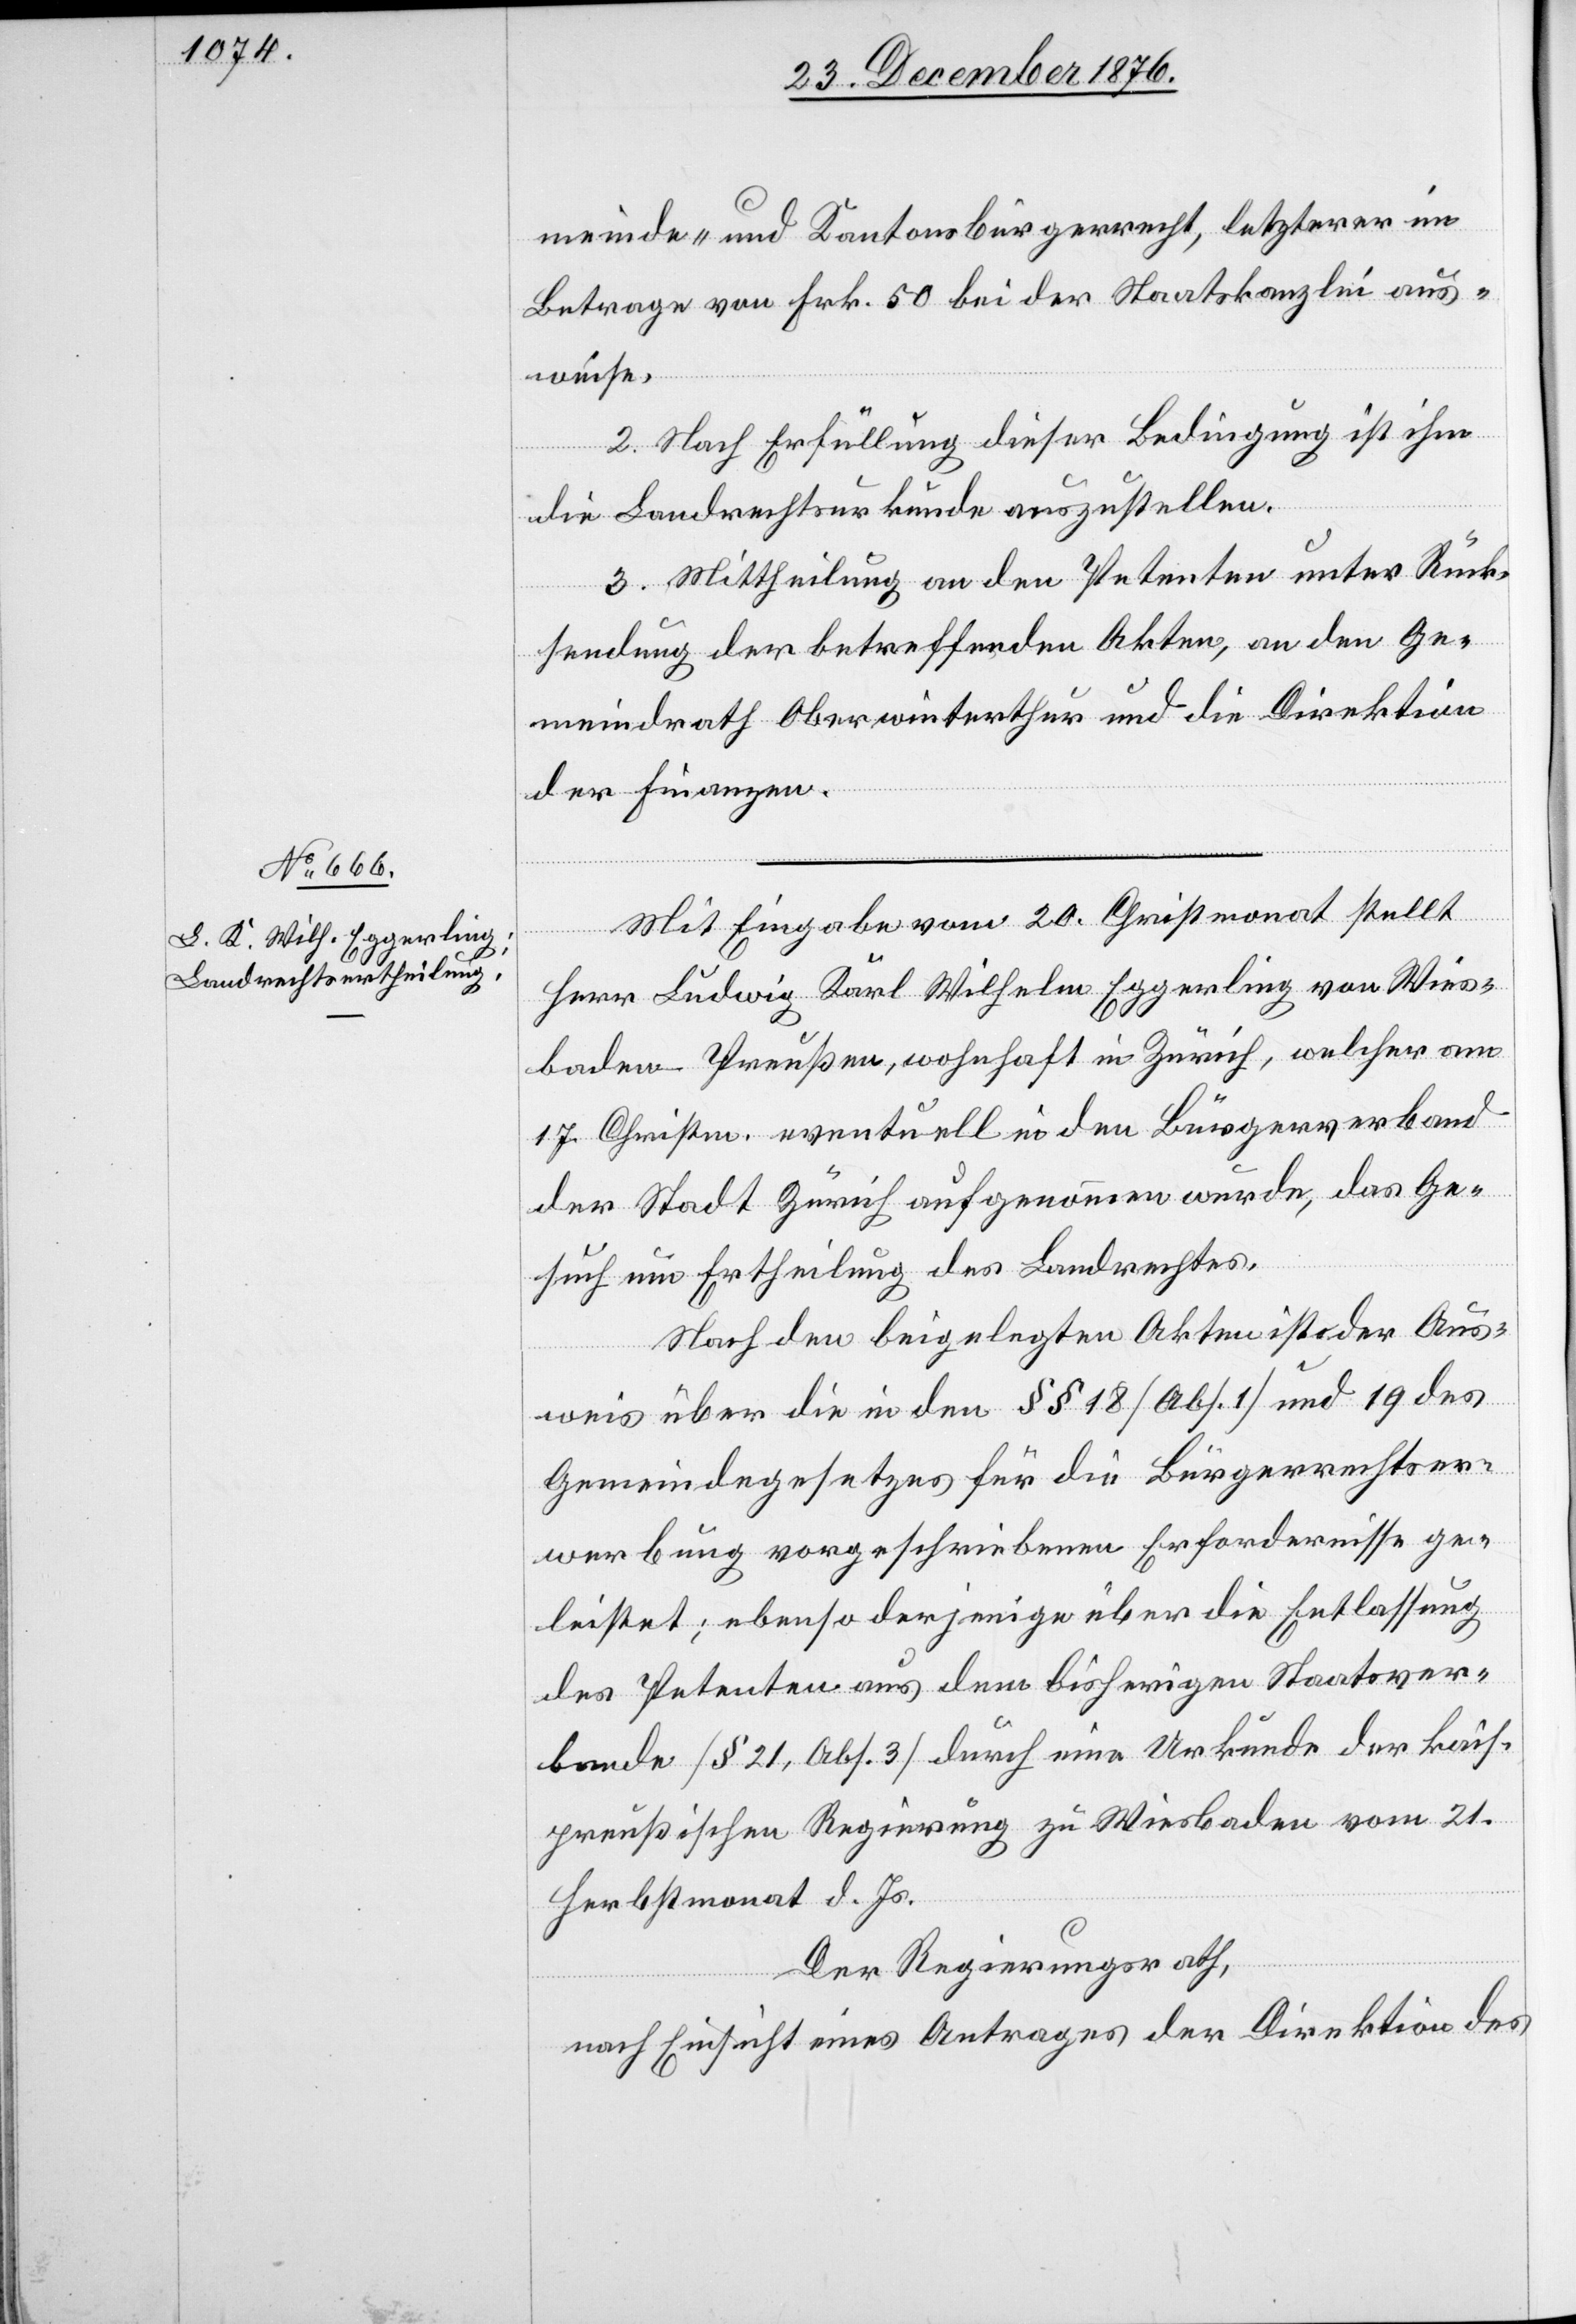
meinde- und Kantonsbürgerrecht, letzterer im
Betrage von Frk. 50 bei der Staatskanzlei aus¬
weise.
2. Nach Erfüllung dieser Bedingung ist ihm
die Landrechtsurkunde auszustellen.
3. Mittheilung an den Petenten unter Rück¬
sendung der betreffenden Akten, an den Ge¬
meindrath Oberwinterthur und die Direktion
der Finanzen.
Mit Eingabe vom 20. Christmonat stellt
Herr Ludwig Karl Wilhelm Eggerling von Wies¬
baden - Preußen, wohnhaft in Zürich, welcher am
17. Christm. eventuell in den Bürgerverband
der Stadt Zürich aufgenommen wurde, das Ge¬
such um Ertheilung des Landrechtes.
Nach den beigelegten Akten ist der Aus¬
weis über die in den §§ 18 [Abs. 1] und 19 des
Gemeindegesetzes für die Bürgerrechtser¬
werbung vorgeschriebenen Erfordernisse ge¬
leistet; ebenso derjenige über die Entlassung
des Petenten aus dem bisherigen Staatsver¬
bande [§ 21, Abs. 3] durch eine Urkunde der kais.
preußischen Regierung zu Wiesbaden vom 21.
Herbstmonat d. Js.
Der Regierungsrath,
nach Einsicht eines Antrages der Direktion des